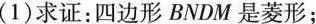
(1)求证:四边形BNDM是菱形;